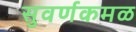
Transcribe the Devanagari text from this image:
सुवर्णकमळ